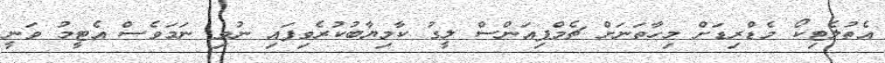
އެތުލެޓިކޯ މެޑްރިޑަށް މިހާތަނަށް ޗެމްޕިއަންސް ލީގު ކާމިޔާބުކުރެވިފައި ނުވި ނަމަވެސް އެޓީމު ވަނީ